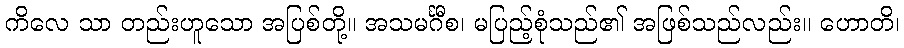
ကိလေ သာ တည်းဟူသော အပြစ်တို့။ အသမင်္ဂီစ၊ မပြည့်စုံသည်၏ အဖြစ်သည်လည်း။ ဟောတိ၊